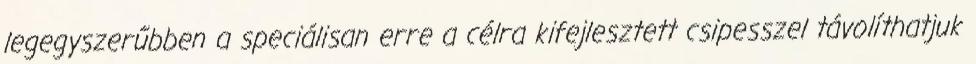
legegyszerűbben a speciálisan erre a célra kifejlesztett csipesszel távolíthatjuk